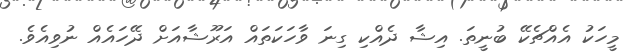
މީހަކު އެއްޗެކޭ ބުނީތަ. އިޝާ ދެއްކި ގިނަ ވާހަކަތައް އަރޫޝާއަށް ދޭހައެއް ނުވިއެވެ.